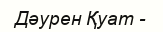
Дәурен Қуат -